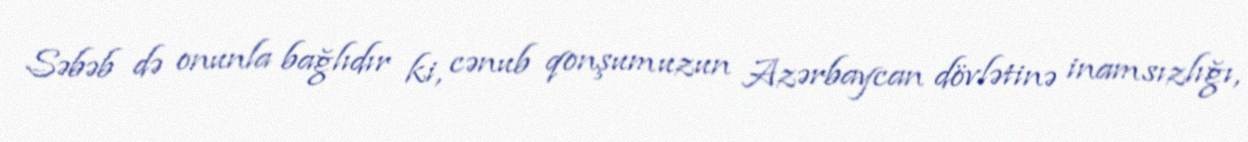
Səbəb də onunla bağlıdır ki, cənub qonşumuzun Azərbaycan dövlətinə inamsızlığı,